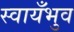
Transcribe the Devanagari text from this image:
स्वायँभुव